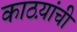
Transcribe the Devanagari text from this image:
काठय़ांची